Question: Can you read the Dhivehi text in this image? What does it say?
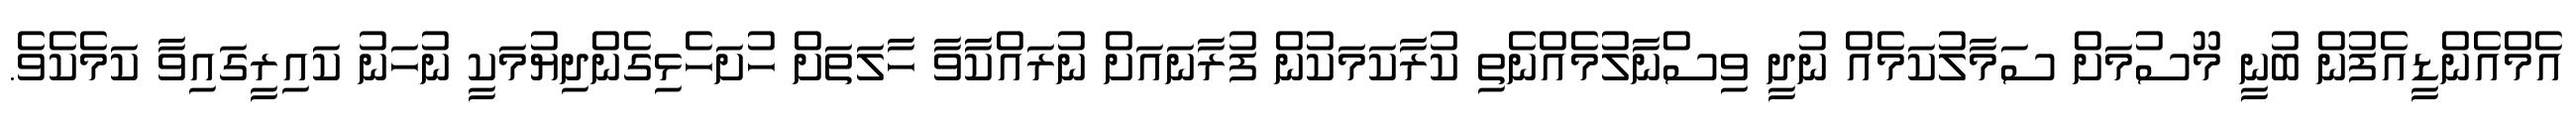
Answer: އެމްއެންޑީއެފުން ބުނީ މޫސުމަށް ސަމާލުކަމެއް ނުދީ ވިސްނާލުމެއްނެތި ކުރާކަމަކުން ފުރާނައަށް ނުރައްކާވާ ހާލަތަށް ހުށަހެޅިގެންދިޔުމަކީ ނުހަނު ކައިރީގައިވާ ކަމެކެވެ.